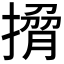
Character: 𭢄